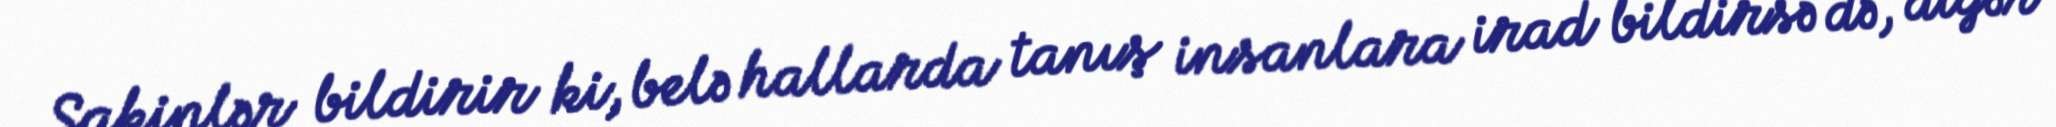
Sakinlər bildirir ki, belə hallarda tanış insanlara irad bildirsə də, digər